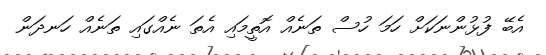
އެބޭ ފުޅުންނަކަށް ހަމަ ހުސް ތަނެއް އޮތީމައި އެތަ ނެއްގައި ތަނެއް ހަނދަން